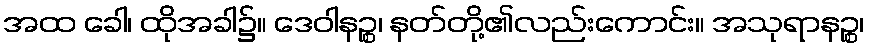
အထ ခေါ၊ ထိုအခါ၌။ ဒေဝါနဉ္စ၊ နတ်တို့၏လည်းကောင်း။ အသုရာနဉ္စ၊